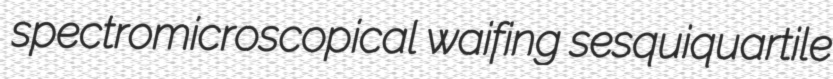
spectromicroscopical waifing sesquiquartile